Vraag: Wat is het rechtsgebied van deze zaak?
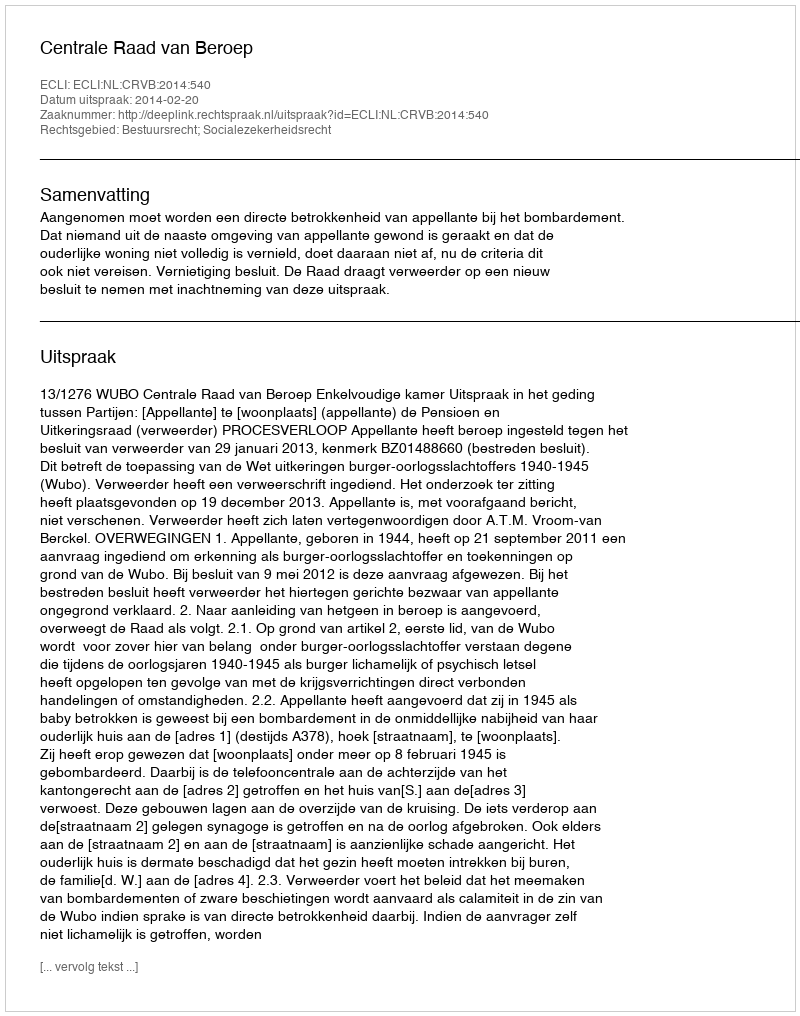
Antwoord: Bestuursrecht; Socialezekerheidsrecht